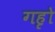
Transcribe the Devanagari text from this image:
गहृो